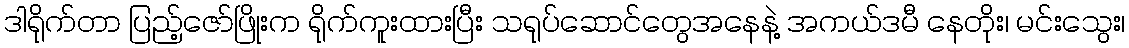
ဒါရိုက်တာ ပြည့်ဇော်ဖြိုးက ရိုက်ကူးထားပြီး သရုပ်ဆောင်တွေအနေနဲ့ အကယ်ဒမီ နေတိုး၊ မင်းသွေး၊